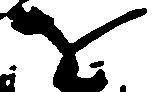
を